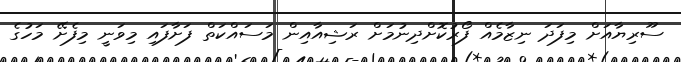
ސޫރިޔާއަށް މިފަދަ ނިޒާމެއް ފޯރުކޮށްދިނުމަށް ރަޝިއާއިން މަސައްކަތް ފަށާފައި މިވަނީ މިފެށޭ މަހުގެ